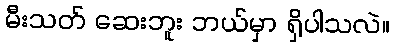
မီးသတ် ဆေးဘူး ဘယ်မှာ ရှိပါသလဲ။